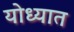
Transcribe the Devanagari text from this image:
योध्यात